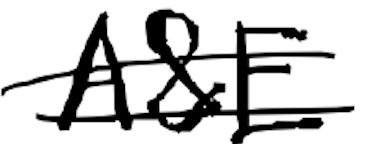
Text: A&E
Cross-out: double-line
Writing tool: digital_black